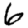
Digit: 6